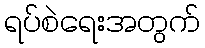
ရပ်စဲရေးအတွက်